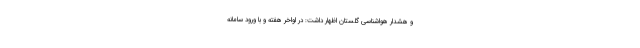
و هشدار هواشناسی گلستان اظهار داشت: در اواخر هفته و با ورود سامانه